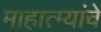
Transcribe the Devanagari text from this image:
माहात्म्यांचे